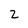
Character: Z